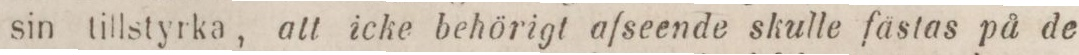
sin tillstyrka, att icke behörigt afseende skulle fästas på de